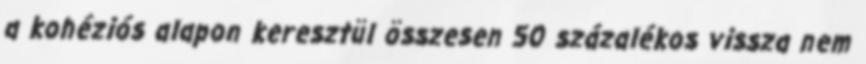
a kohéziós alapon keresztül összesen 50 százalékos vissza nem